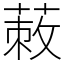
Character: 蓛